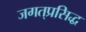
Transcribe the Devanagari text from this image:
जगत्‌प्रसिद्ध